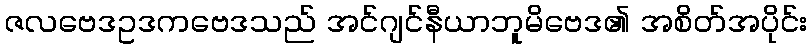
ဇလဗေဒဥဒကဗေဒသည် အင်ဂျင်နီယာဘူမိဗေဒ၏ အစိတ်အပိုင်း